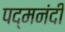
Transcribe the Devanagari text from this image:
पद्मनंदी